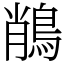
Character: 𪁎